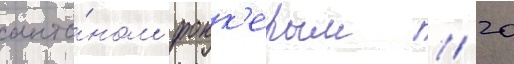
анто́ном фокк'ером // 20